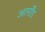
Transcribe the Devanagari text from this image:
आर्मोंड